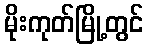
မိုးကုတ်မြို့တွင်